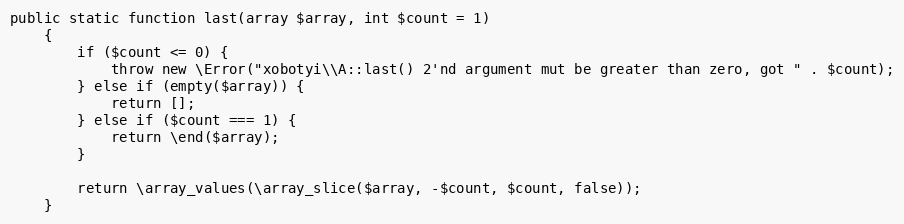
Language: PHP
public static function last(array $array, int $count = 1)
    {
        if ($count <= 0) {
            throw new \Error("xobotyi\\A::last() 2'nd argument mut be greater than zero, got " . $count);
        } else if (empty($array)) {
            return [];
        } else if ($count === 1) {
            return \end($array);
        }

        return \array_values(\array_slice($array, -$count, $count, false));
    }